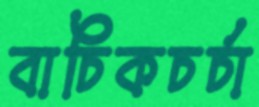
বাচিকচর্চা